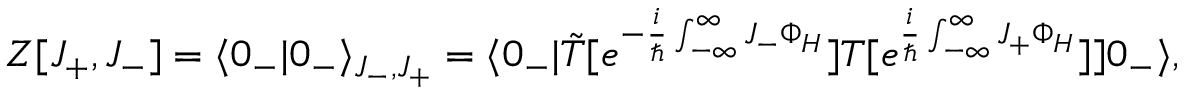
Z [ J _ { + } , J _ { - } ] = \langle 0 _ { - } | 0 _ { - } \rangle _ { J _ { - } , J _ { + } } = \langle 0 _ { - } | \tilde { T } [ e ^ { - \frac { i } { \hbar } \int _ { - \infty } ^ { \infty } J _ { - } \Phi _ { H } } ] T [ e ^ { \frac { i } { \hbar } \int _ { - \infty } ^ { \infty } J _ { + } \Phi _ { H } } ] ] 0 _ { - } \rangle ,